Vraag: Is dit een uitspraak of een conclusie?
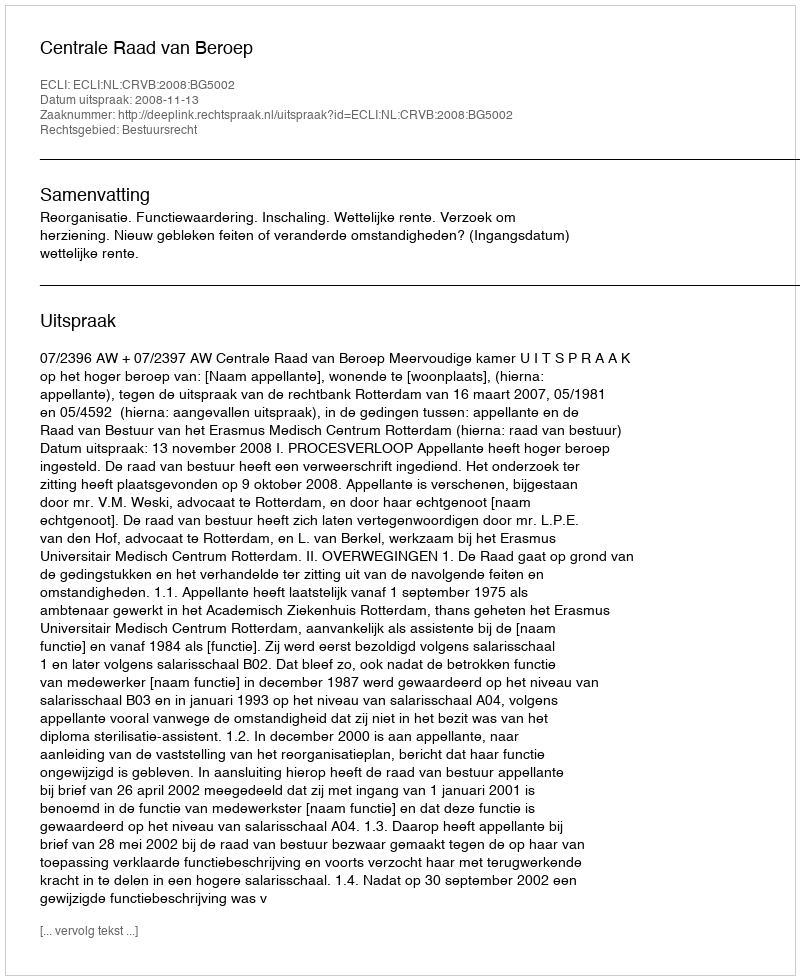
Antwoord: Uitspraak